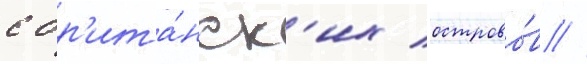
с бр'ита́нск'их острово́в //